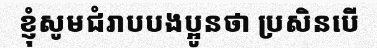
ខ្ញុំសូមជំរាបបងប្អូនថា ប្រសិនបើ